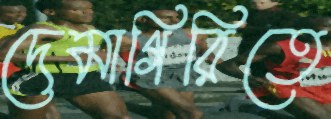
দেমাগিরিতে